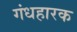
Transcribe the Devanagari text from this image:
गंधहारक